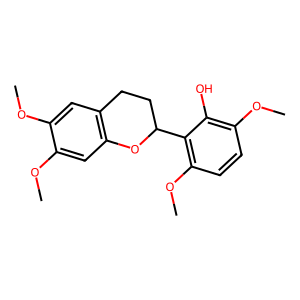
SMILES: COc1cc2c(cc1OC)OC(c1c(OC)ccc(OC)c1O)CC2
Inhibits HIV replication: No